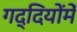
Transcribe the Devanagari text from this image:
गद्दियोंमें